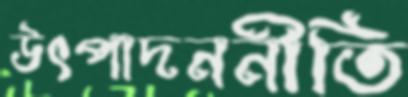
উৎপাদননীতি